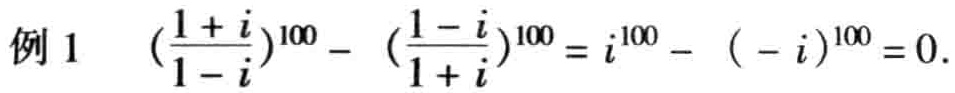
例 1 \((\frac{1 + i}{1 - i})^{100} - (\frac{1 - i}{1 + i})^{100} = i^{100} - (-i)^{100} = 0\).